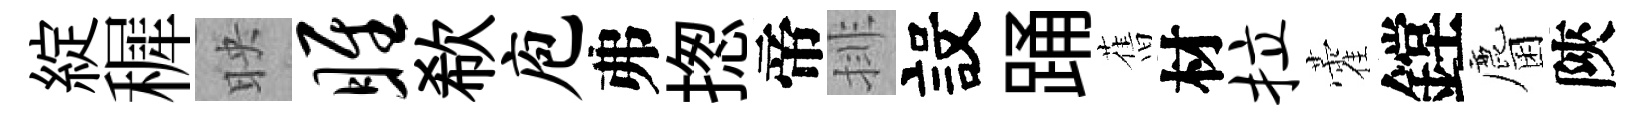
綻穉映雎欷庖弗揔帝排設踊𦾔材拉藿鏜麕陝